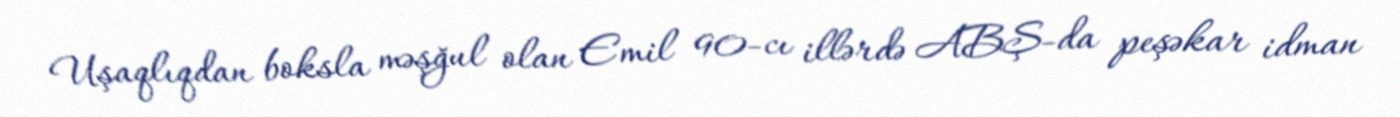
Uşaqlıqdan boksla məşğul olan Emil 90-cı illərdə ABŞ-da peşəkar idman